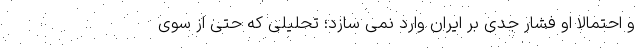
و احتمالا او فشار جدی بر ایران وارد نمی سازد؛ تحلیلی که حتی از سوی